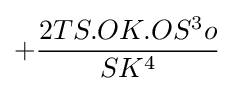
+{\frac {2TS.OK.OS^{3}o}{SK^{4}}}